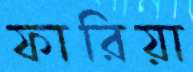
ফারিয়া